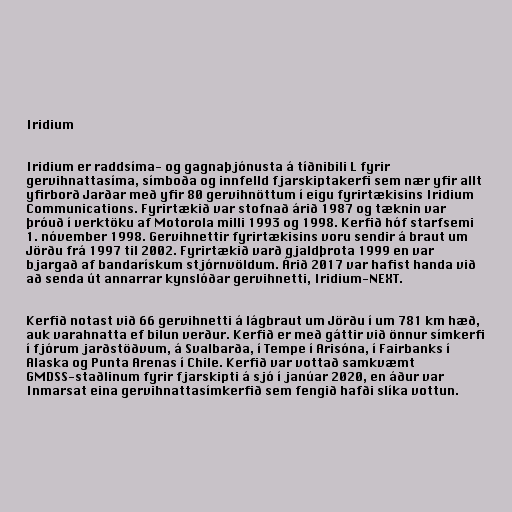
Iridium

Iridium er raddsíma- og gagnaþjónusta á tíðnibili L fyrir
gervihnattasíma, símboða og innfelld fjarskiptakerfi sem nær yfir allt
yfirborð Jarðar með yfir 80 gervihnöttum í eigu fyrirtækisins Iridium
Communications. Fyrirtækið var stofnað árið 1987 og tæknin var
þróuð í verktöku af Motorola milli 1993 og 1998. Kerfið hóf starfsemi
1. nóvember 1998. Gervihnettir fyrirtækisins voru sendir á braut um
Jörðu frá 1997 til 2002. Fyrirtækið varð gjaldþrota 1999 en var
bjargað af bandarískum stjórnvöldum. Árið 2017 var hafist handa við
að senda út annarrar kynslóðar gervihnetti, Iridium-NEXT.

Kerfið notast við 66 gervihnetti á lágbraut um Jörðu í um 781 km hæð,
auk varahnatta ef bilun verður. Kerfið er með gáttir við önnur símkerfi
í fjórum jarðstöðvum, á Svalbarða, í Tempe í Arisóna, í Fairbanks í
Alaska og Punta Arenas í Chile. Kerfið var vottað samkvæmt
GMDSS-staðlinum fyrir fjarskipti á sjó í janúar 2020, en áður var
Inmarsat eina gervihnattasímkerfið sem fengið hafði slíka vottun.